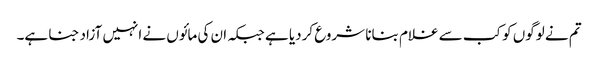
تم نے لوگوں کو کب سے غلام بنانا شروع کردیا ہے جبکہ ان کی مائوں نے انہیں آزاد جنا ہے۔